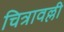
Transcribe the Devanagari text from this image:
चित्रावल्ली